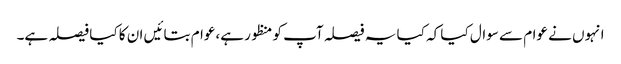
انہوں نے عوام سے سوال کیا کہ کیا یہ فیصلہ آپ کو منظور ہے،عوام بتائیں ان کا کیا فیصلہ ہے۔